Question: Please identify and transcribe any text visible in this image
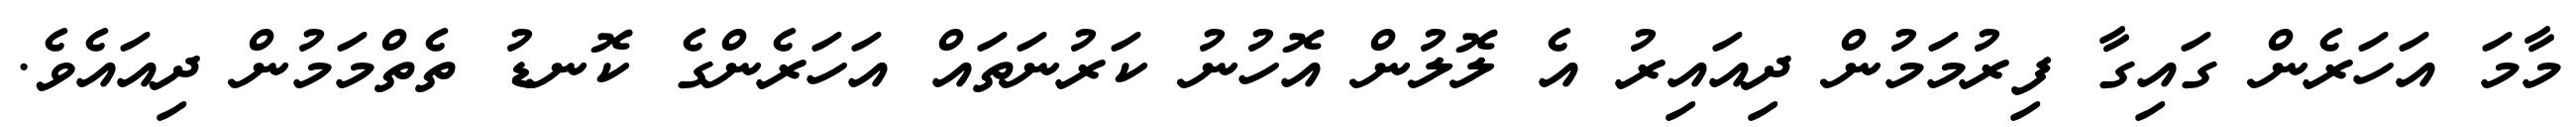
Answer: މާމަ އަހަރެން ގައިގާ ފިރުމަމުން ދިއައިރު އެ ލޮލުން އޮހުނު ކަރުނަތައް އަހަރެންގެ ކޮނޑު ތެތްމަމުން ދިއައެވެ.